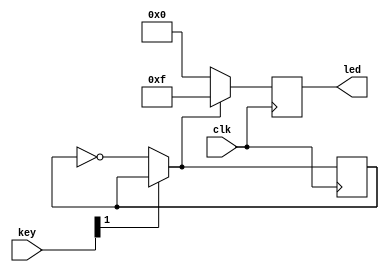
module key_test
(
	input                 clk,       // 50MHz
	input [3:0]           key,       // 
	output [3:0]       led        // LEDLED
);

reg[3:0] led_r;  //  D 
reg enable;

always @(posedge clk) begin
	if (key[1] == 1'b0)
		enable = ~enable;
	led_r = (enable) ? 4'b1111 : 4'b0000; //  key[1] led_r 
end

assign led = led_r;

endmodule